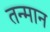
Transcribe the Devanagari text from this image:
तन्मान